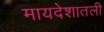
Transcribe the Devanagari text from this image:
मायदेशातली